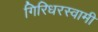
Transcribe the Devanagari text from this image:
गिरिधरस्वामी